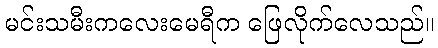
မင်းသမီးကလေးမေရီက ဖြေလိုက်လေသည်။